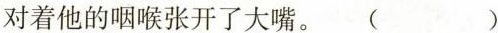
对着他的咽喉张开了大嘴。 ( )